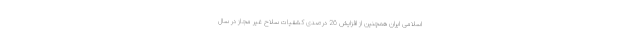
اسلامی ایران همچنین از افزایش 26 درصدی کشفیات سلاح غیر مجاز در سال